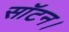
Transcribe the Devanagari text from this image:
सॉटन।